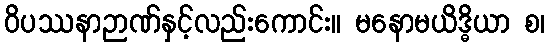
ဝိပဿနာဉာဏ်နှင့်လည်းကောင်း။ မနောမယိဒ္ဓိယာ စ၊